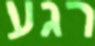
רגע